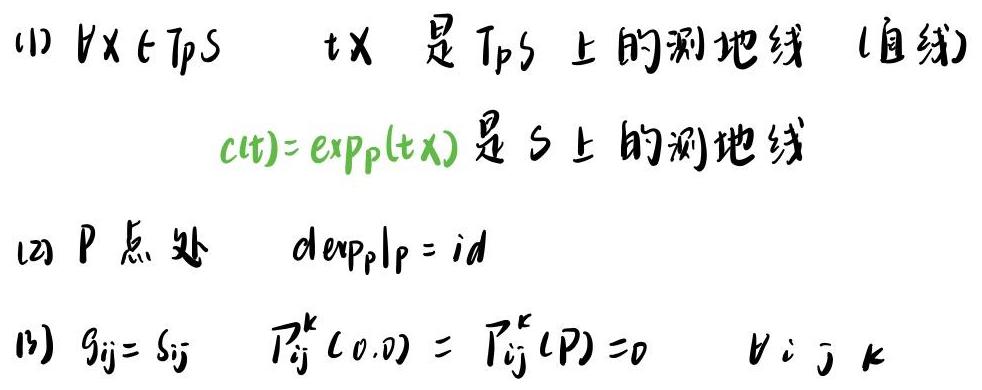
(1) $\forall x\in T_pS$，$tx$ 是 $T_pS$ 上的测地线（直线）
$c(t)=\exp_p(tx)$ 是 $S$ 上的测地线

(2) $P$ 点处，$d\exp_p|_p = id$

(3) $g_{ij}=\delta_{ij}$，$\Gamma_{ij}^k(0,0)=\Gamma_{ij}^k(P)=0$，$\forall i,j,k$